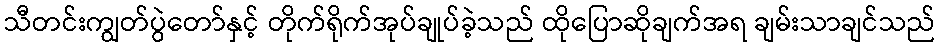
သီတင်းကျွတ်ပွဲတော်နှင့် တိုက်ရိုက်အုပ်ချုပ်ခဲ့သည် ထိုပြောဆိုချက်အရ ချမ်းသာချင်သည်